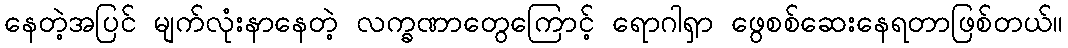
နေတဲ့အပြင် မျက်လုံးနာနေတဲ့ လက္ခဏာတွေကြောင့် ရောဂါရှာ ဖွေစစ်ဆေးနေရတာဖြစ်တယ်။